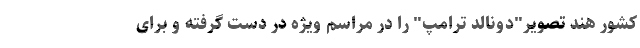
کشور هند تصویر"دونالد ترامپ" را در مراسم ویژه در دست گرفته و برای